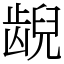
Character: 𫠜